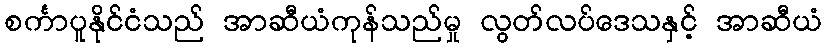
စင်္ကာပူနိုင်ငံသည် အာဆီယံကုန်သည်မှု လွတ်လပ်ဒေသနှင့် အာဆီယံ